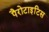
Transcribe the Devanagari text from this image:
पैरोटाइटिस